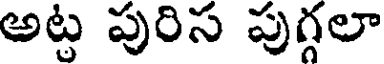
అట్ట పురిస పుగ్గలా